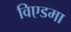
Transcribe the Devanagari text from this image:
विएडमा